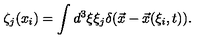
\zeta _ { j } ( x _ { i } ) = \int d ^ { 3 } \xi \xi _ { j } \delta ( \vec { x } - \vec { x } ( \xi _ { i } , t ) ) .